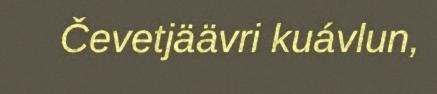
Čevetjäävri kuávlun,